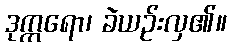
ဒုက္ကရော၊ ခဲယဉ်းလှ၏။